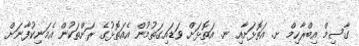
ގާސިމް އިބްރާހިމް ށ. އަތޮޅަށާއި ނ. އަތޮޅަށް ވަޑައިގަތުމުން އެއަތޮޅުގެ ރަށްތަކުން އެމަނިކުފާނަށް